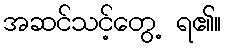
အဆင်သင့်တွေ့ ရ၏။